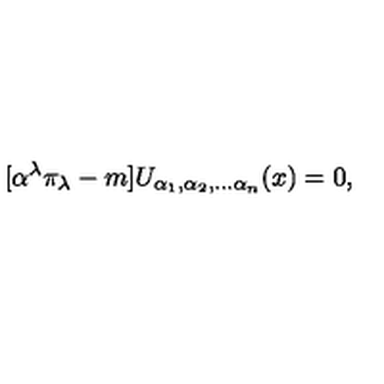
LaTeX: \lbrack \alpha ^ { \lambda } \pi _ { \lambda } - m ] U _ { \alpha _ { 1 } , \alpha _ { 2 } , \ldots \alpha _ { n } } ( x ) = 0 ,